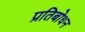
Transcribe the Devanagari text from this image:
प्रतिबोधन